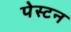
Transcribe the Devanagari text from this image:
पेस्टन